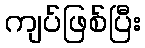
ကျပ်ဖြစ်ပြီး